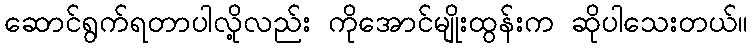
ဆောင်ရွက်ရတာပါလို့လည်း ကိုအောင်မျိုးထွန်းက ဆိုပါသေးတယ်။